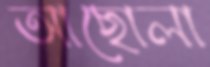
আছোলা